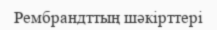
Рембрандттың шәкірттері